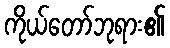
ကိုယ်တော်ဘုရား၏